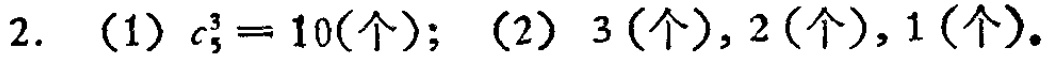
2. （1）$C_{5}^{3}=10(\text{个})$；（2）$3(\text{个}),2(\text{个}),1(\text{个})$。